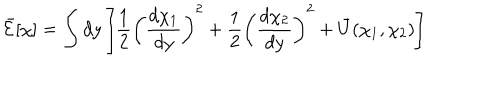
\bar { { \cal E } } [ \chi ] = \int d y \left[ \frac { 1 } { 2 } \left( \frac { d \chi _ { 1 } } { d y } \right) ^ { 2 } + \frac { 1 } { 2 } \left( \frac { d \chi _ { 2 } } { d y } \right) ^ { 2 } + \bar { U } ( \chi _ { 1 } , \chi _ { 2 } ) \right]